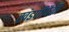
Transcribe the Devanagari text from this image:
खंडणीपैकी